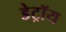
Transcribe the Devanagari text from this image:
डेट्रॉय